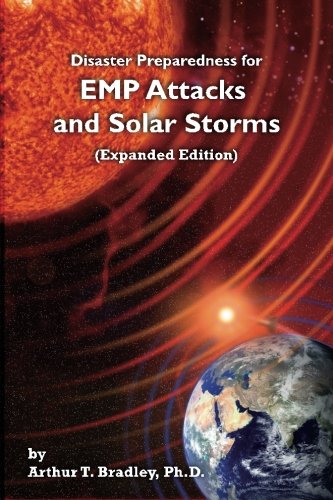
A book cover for Disaster Preparedness for EMP Attacks and Solar Storms (Expanded Edition); Arthur T. Bradley; Reference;